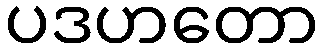
ပဒဟတော